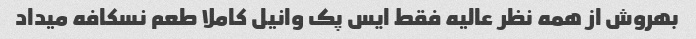
بهروش از همه نظر عالیه فقط ایس پک وانیل کاملا طعم نسکافه میداد